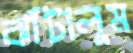
ঝাঁটালুম